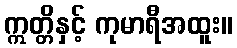
ဣတ္တိနှင့် ကုမာရီအထူး။